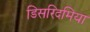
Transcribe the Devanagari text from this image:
डिसरिदमिया